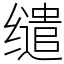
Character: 缱